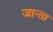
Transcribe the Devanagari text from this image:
जान्ता